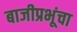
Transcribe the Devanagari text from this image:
बाजीप्रभूंचा